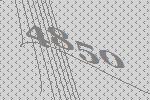
4850